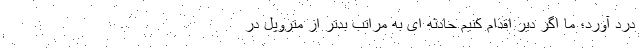
درد آورد؛ ما اگر دیر اقدام کنیم حادثه ای به مراتب بدتر از متروپل در